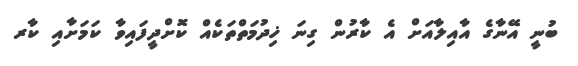
ބުނީ އޭނާގެ އާއިލާއަށް އެ ކާރުން ގިނަ ޚިދުމަތްތަކެއް ކޮށްދީފައިވާ ކަމަށާއި ކާރ